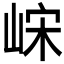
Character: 𫶀